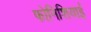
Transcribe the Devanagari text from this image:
फोनिशियाई